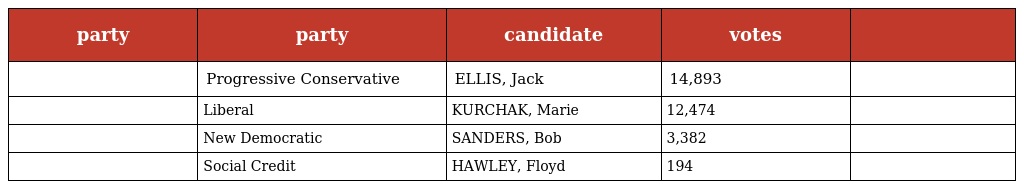
| party | party | candidate | votes |  |
 | --- | --- | --- | --- | --- |
 |  | Progressive Conservative | ELLIS, Jack | 14,893 |  |
 |  | Liberal | KURCHAK, Marie | 12,474 |  |
 |  | New Democratic | SANDERS, Bob | 3,382 |  |
 |  | Social Credit | HAWLEY, Floyd | 194 |  |